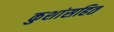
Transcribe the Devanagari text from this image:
कुशांसहित